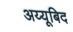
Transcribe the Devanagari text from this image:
अय्यूबिद